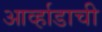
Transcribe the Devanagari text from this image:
आर्व्हाडाची